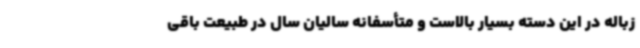
زباله در این دسته بسیار بالاست و متأسفانه سالیان سال در طبیعت باقی